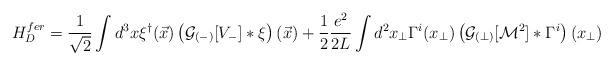
LaTeX: \begin{align*}H^{fer}_D = \frac{1}{\sqrt{2}} \int d^3x \xi^{\dagger}(\vec{x}) \left({\cal G}_{(-)}[V_{-}] \ast\xi\right) (\vec{x}) + \frac 1 2 \frac{e^2}{2L} \int d^2x_\perp\Gamma^i (x_\perp) \left( {\cal G}_{(\perp)} [{\cal M}^2] \ast\Gamma^i \right) (x_\perp)\end{align*}